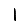
Digit: 1